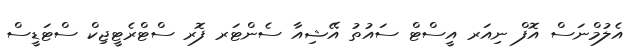
އެލުމްނަސް އޮފް ނިއަރ އީސްޓް ސައުތު އޭޝިއާ ސެންޓަރ ފޮރ ސްޓްރެޓީޖިކް ސްޓަޑީސް